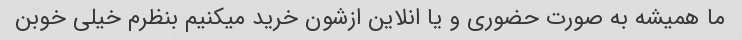
ما همیشه به صورت حضوری و یا انلاین ازشون خرید میکنیم بنظرم خیلی خوبن